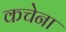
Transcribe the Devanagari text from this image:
कचेना